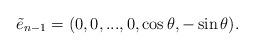
LaTeX: \begin{align*}\tilde{e}_{n-1}=(0,0,...,0,\cos \theta,-\sin \theta).\end{align*}